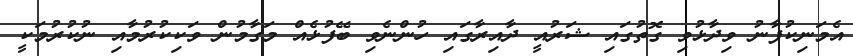
އެމަނިކުފާނު ވިދާޅުވި ގޮތުގައި ޝަރުއީ ދާއިރާގައި ހުންނެވި ބޭފުޅެއް މަގާމުން ވަކިކުރުމާއި ނުކުރުމަކީ